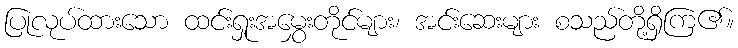
ပြုလုပ်ထားသော ထင်းရှုးအမွှေးတိုင်များ၊ အင်းဆေးများ စသည်တို့ရှိကြ၏။